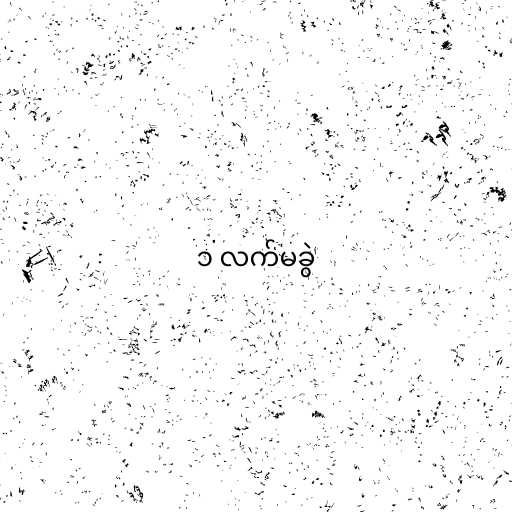
၁ လက်မခွဲ